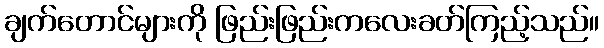
ချက်တောင်များကို ဖြည်းဖြည်းကလေးခတ်ကြည့်သည်။